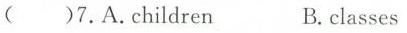
()7.A.Children B.Classes